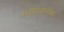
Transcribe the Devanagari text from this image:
स्थापनालेख